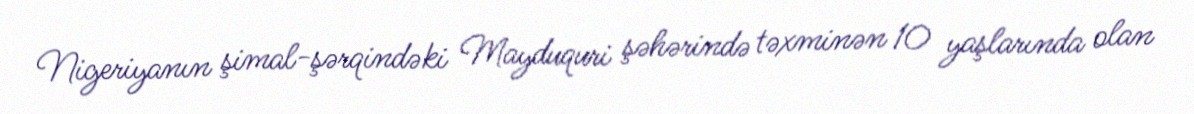
Nigeriyanın şimal-şərqindəki Mayduquri şəhərində təxminən 10 yaşlarında olan